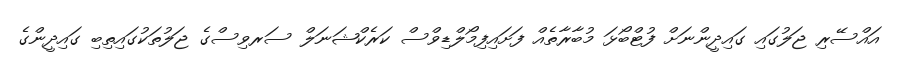
އައްސޭރި ޖަލުގައި ގައިދީންނަށް ފުޓްބޯޅަ މުބާރާތެއް ފަށައިފިމޯލްޑިވްސް ކަރެކްޝަނަލް ސަރވިސްގެ ޖަލުތަކުގައިތިބި ގައިދީންގެ